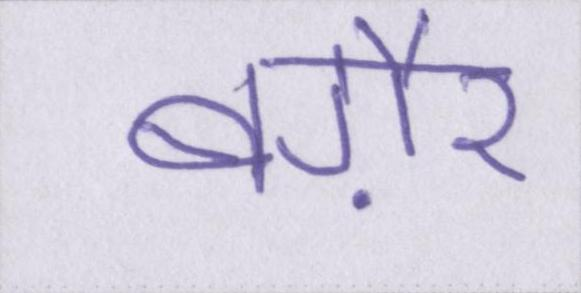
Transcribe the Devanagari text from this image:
बग़ैर